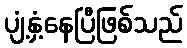
ပျံ့နှံ့နေပြီဖြစ်သည်